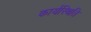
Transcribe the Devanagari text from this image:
कार्यस्थिति